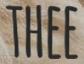
THEE